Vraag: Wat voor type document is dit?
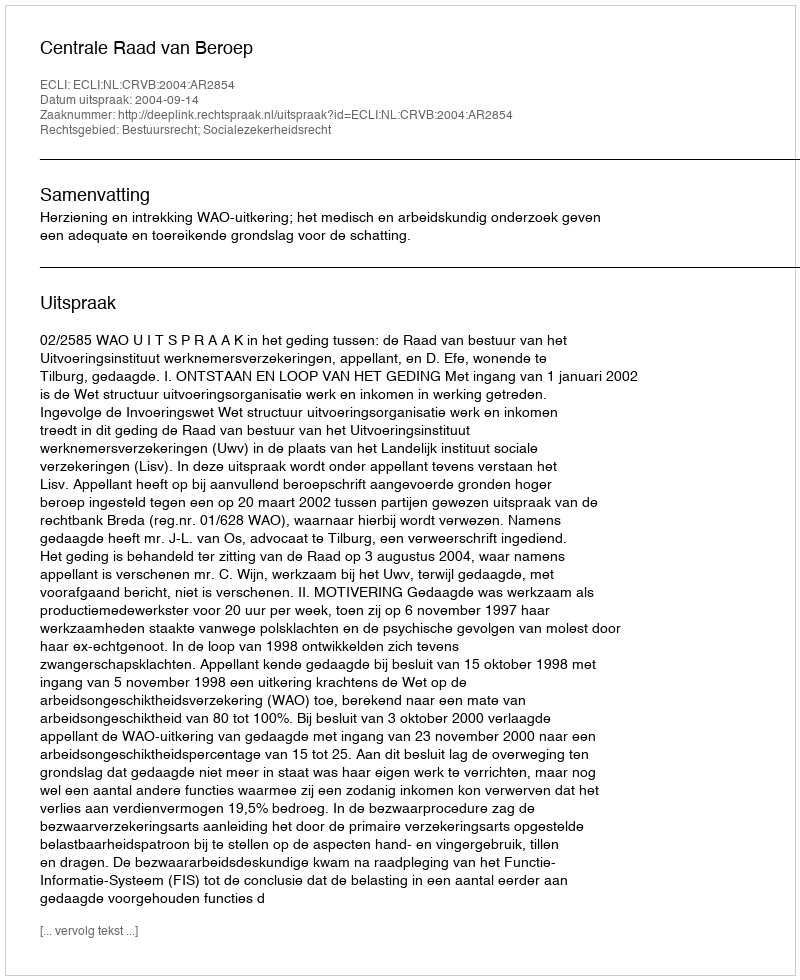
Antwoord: Uitspraak